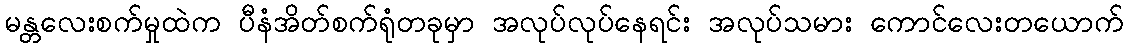
မန္တလေးစက်မှုထဲက ပီနံအိတ်စက်ရုံတခုမှာ အလုပ်လုပ်နေရင်း အလုပ်သမား ကောင်လေးတယောက်